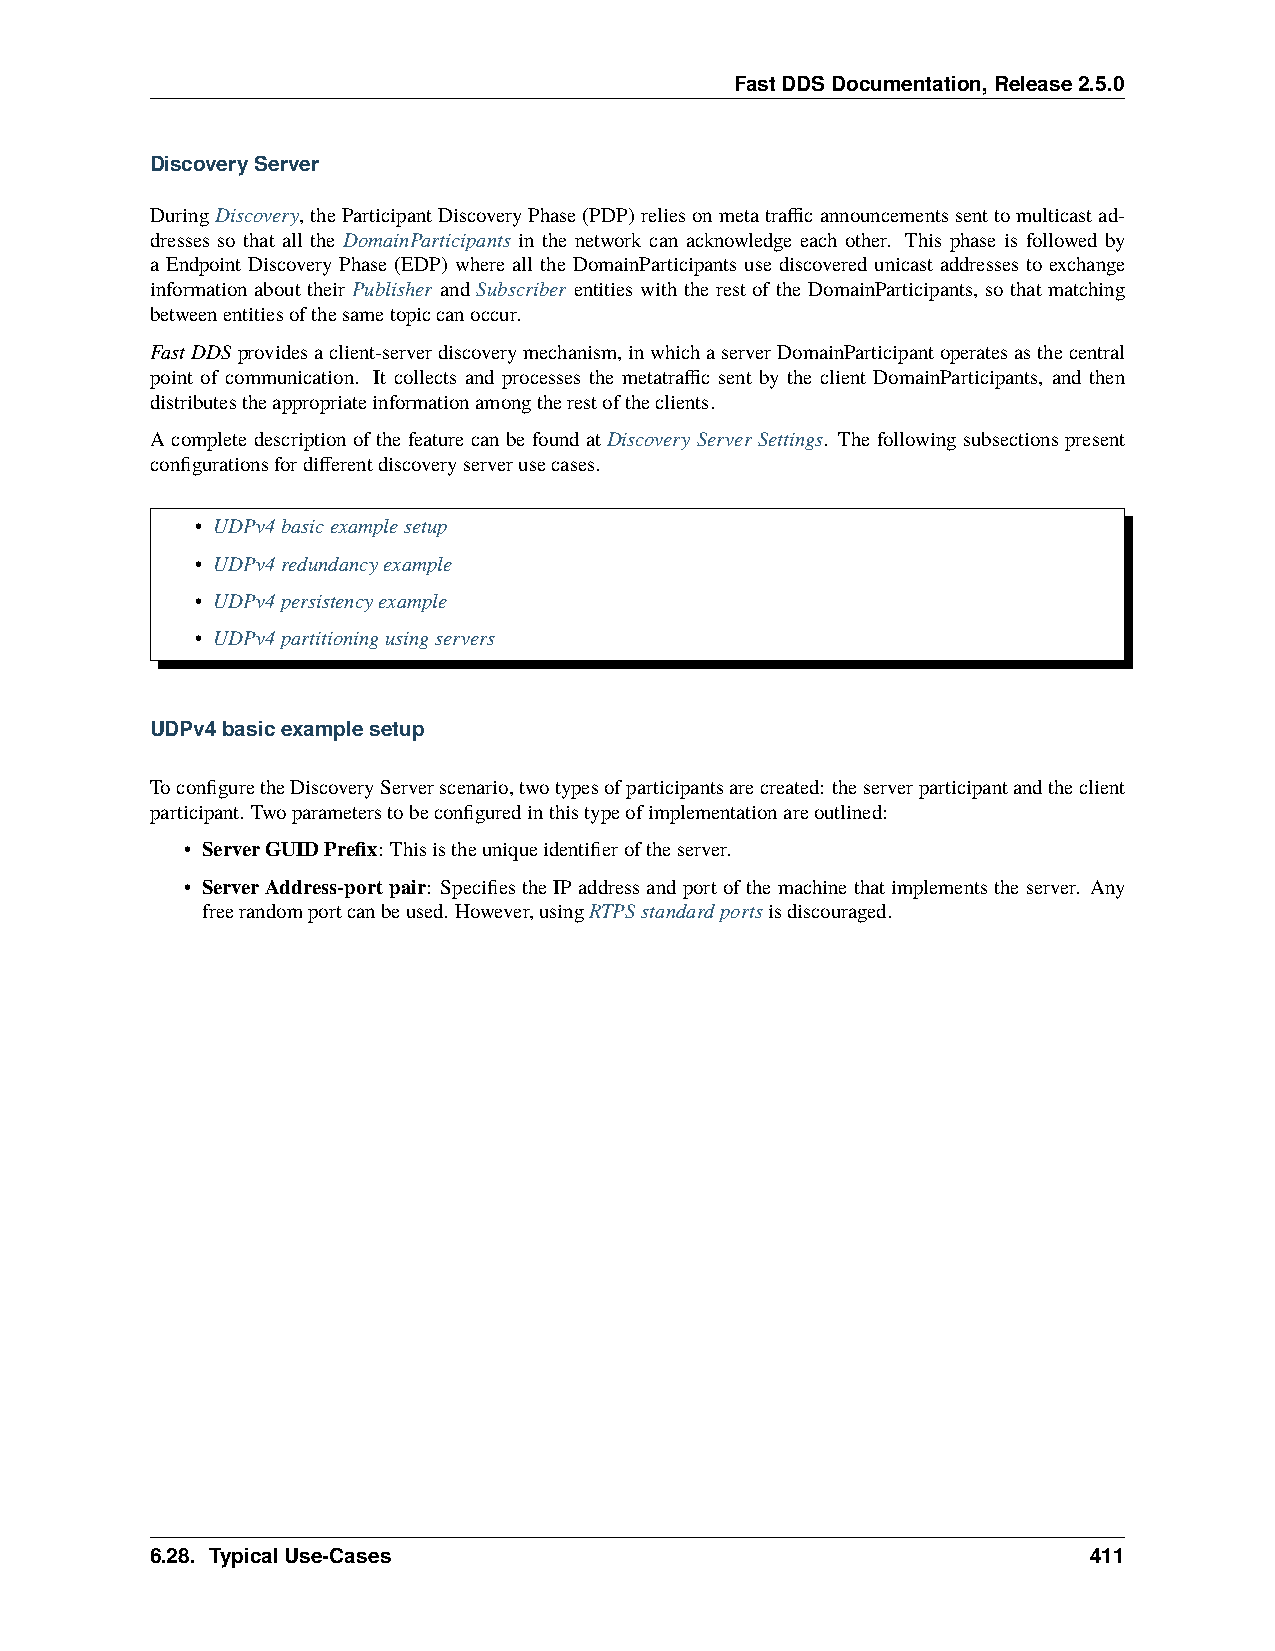
FastDDSDocumentation,Release2.5.0
 DiscoveryServer
 DuringDiscovery, theParticipantDiscoveryPhase(PDP)reliesonmetatrafficannouncementssenttomulticastad-
 dresses so that all the DomainParticipants in the network can acknowledge each other. This phase is followed by
 a Endpoint Discovery Phase (EDP) where all the DomainParticipants use discovered unicast addresses to exchange
 information about their Publisher and Subscriber entities with the rest of the DomainParticipants, so that matching
 betweenentitiesofthesametopiccanoccur.
 FastDDS providesaclient-serverdiscoverymechanism,inwhichaserverDomainParticipantoperatesasthecentral
 point of communication. It collects and processes the metatraffic sent by the client DomainParticipants, and then
 distributestheappropriateinformationamongtherestoftheclients.
 A complete description of the feature can be found at Discovery Server Settings. The following subsections present
 configurationsfordifferentdiscoveryserverusecases.
 • UDPv4basicexamplesetup
 • UDPv4redundancyexample
 • UDPv4persistencyexample
 • UDPv4partitioningusingservers
 UDPv4basicexamplesetup
 ToconfiguretheDiscoveryServerscenario,twotypesofparticipantsarecreated: theserverparticipantandtheclient
 participant. Twoparameterstobeconfiguredinthistypeofimplementationareoutlined:
 • ServerGUIDPrefix: Thisistheuniqueidentifieroftheserver.
 • ServerAddress-portpair: SpecifiestheIPaddressandportofthemachinethatimplementstheserver. Any
 freerandomportcanbeused. However,usingRTPSstandardportsisdiscouraged.
 6.28. TypicalUse-Cases                                        411